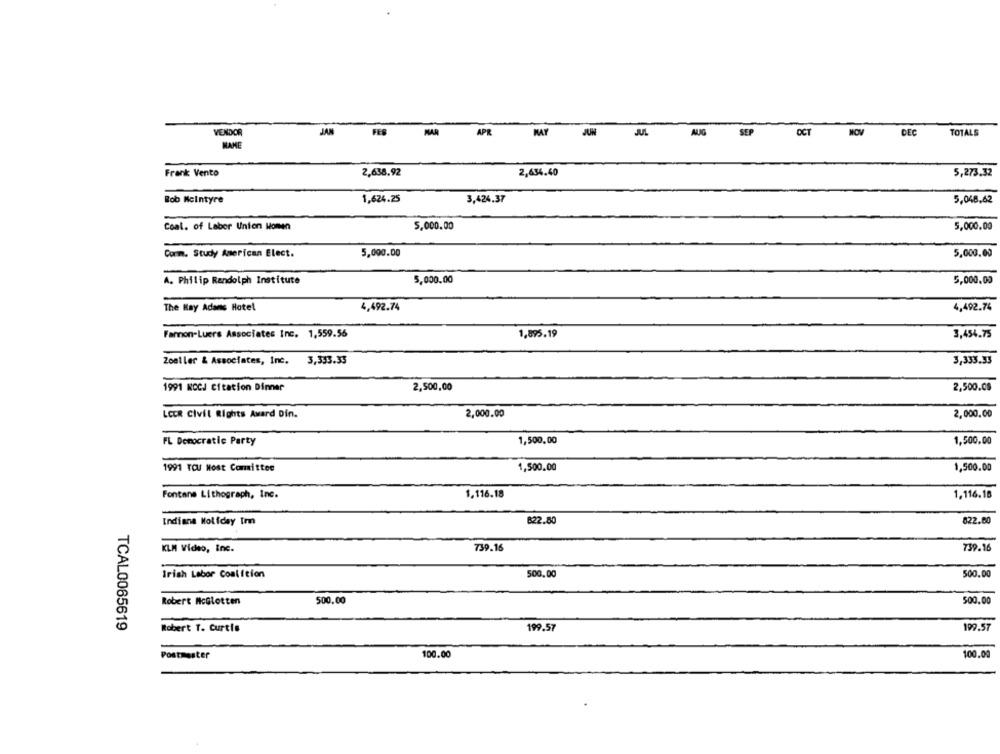
VENDOR
FES
MAR
APR
JUN
JUL
AUG
SEP
OCT
HOV
DEC
TOTALS
MANE
Frank Vento
2,638,92
2,634.40
5,273.32
Rob Mcintyre
1,624.25
3,424.37
5,048,62
Coal. of Labor Union Homen
5.000.00
5,000.00
Comm. Study American Elect.
5,000.00
5,000.00
A. Philip Randolph Institute
5,000.00
5,000.00
The Hay Adams Hotel
4,492.74
4,492.74
Fannon-Luers Associates Inc. 1,559.56
1,895.19
3,454.75
Zoeller & Associates, Inc.
3,333.35
3,333.33
1991 NOCJ Citation Dinner
2,500,00
2,500.08
LEER Civil Rights Award Din.
2,000.00
2,000.00
FL Democratic Party
1,500,00
1,500.00
1991 TOU Nost Comittee
1,500.00
1,500.00
Fontane Lithograph, Inc.
1.116.18
1,116.18
Indiana Wolfday Im
822.80
822.80
KLM Video, Inc.
739.16
739.16
Irish Labor Coalition
500.00
500.00
Robert NcGlotten
500.00
500.00
TCAL0065619
199.57
Robert T. Curtis
199.57
Postmaster
100.00
100.00